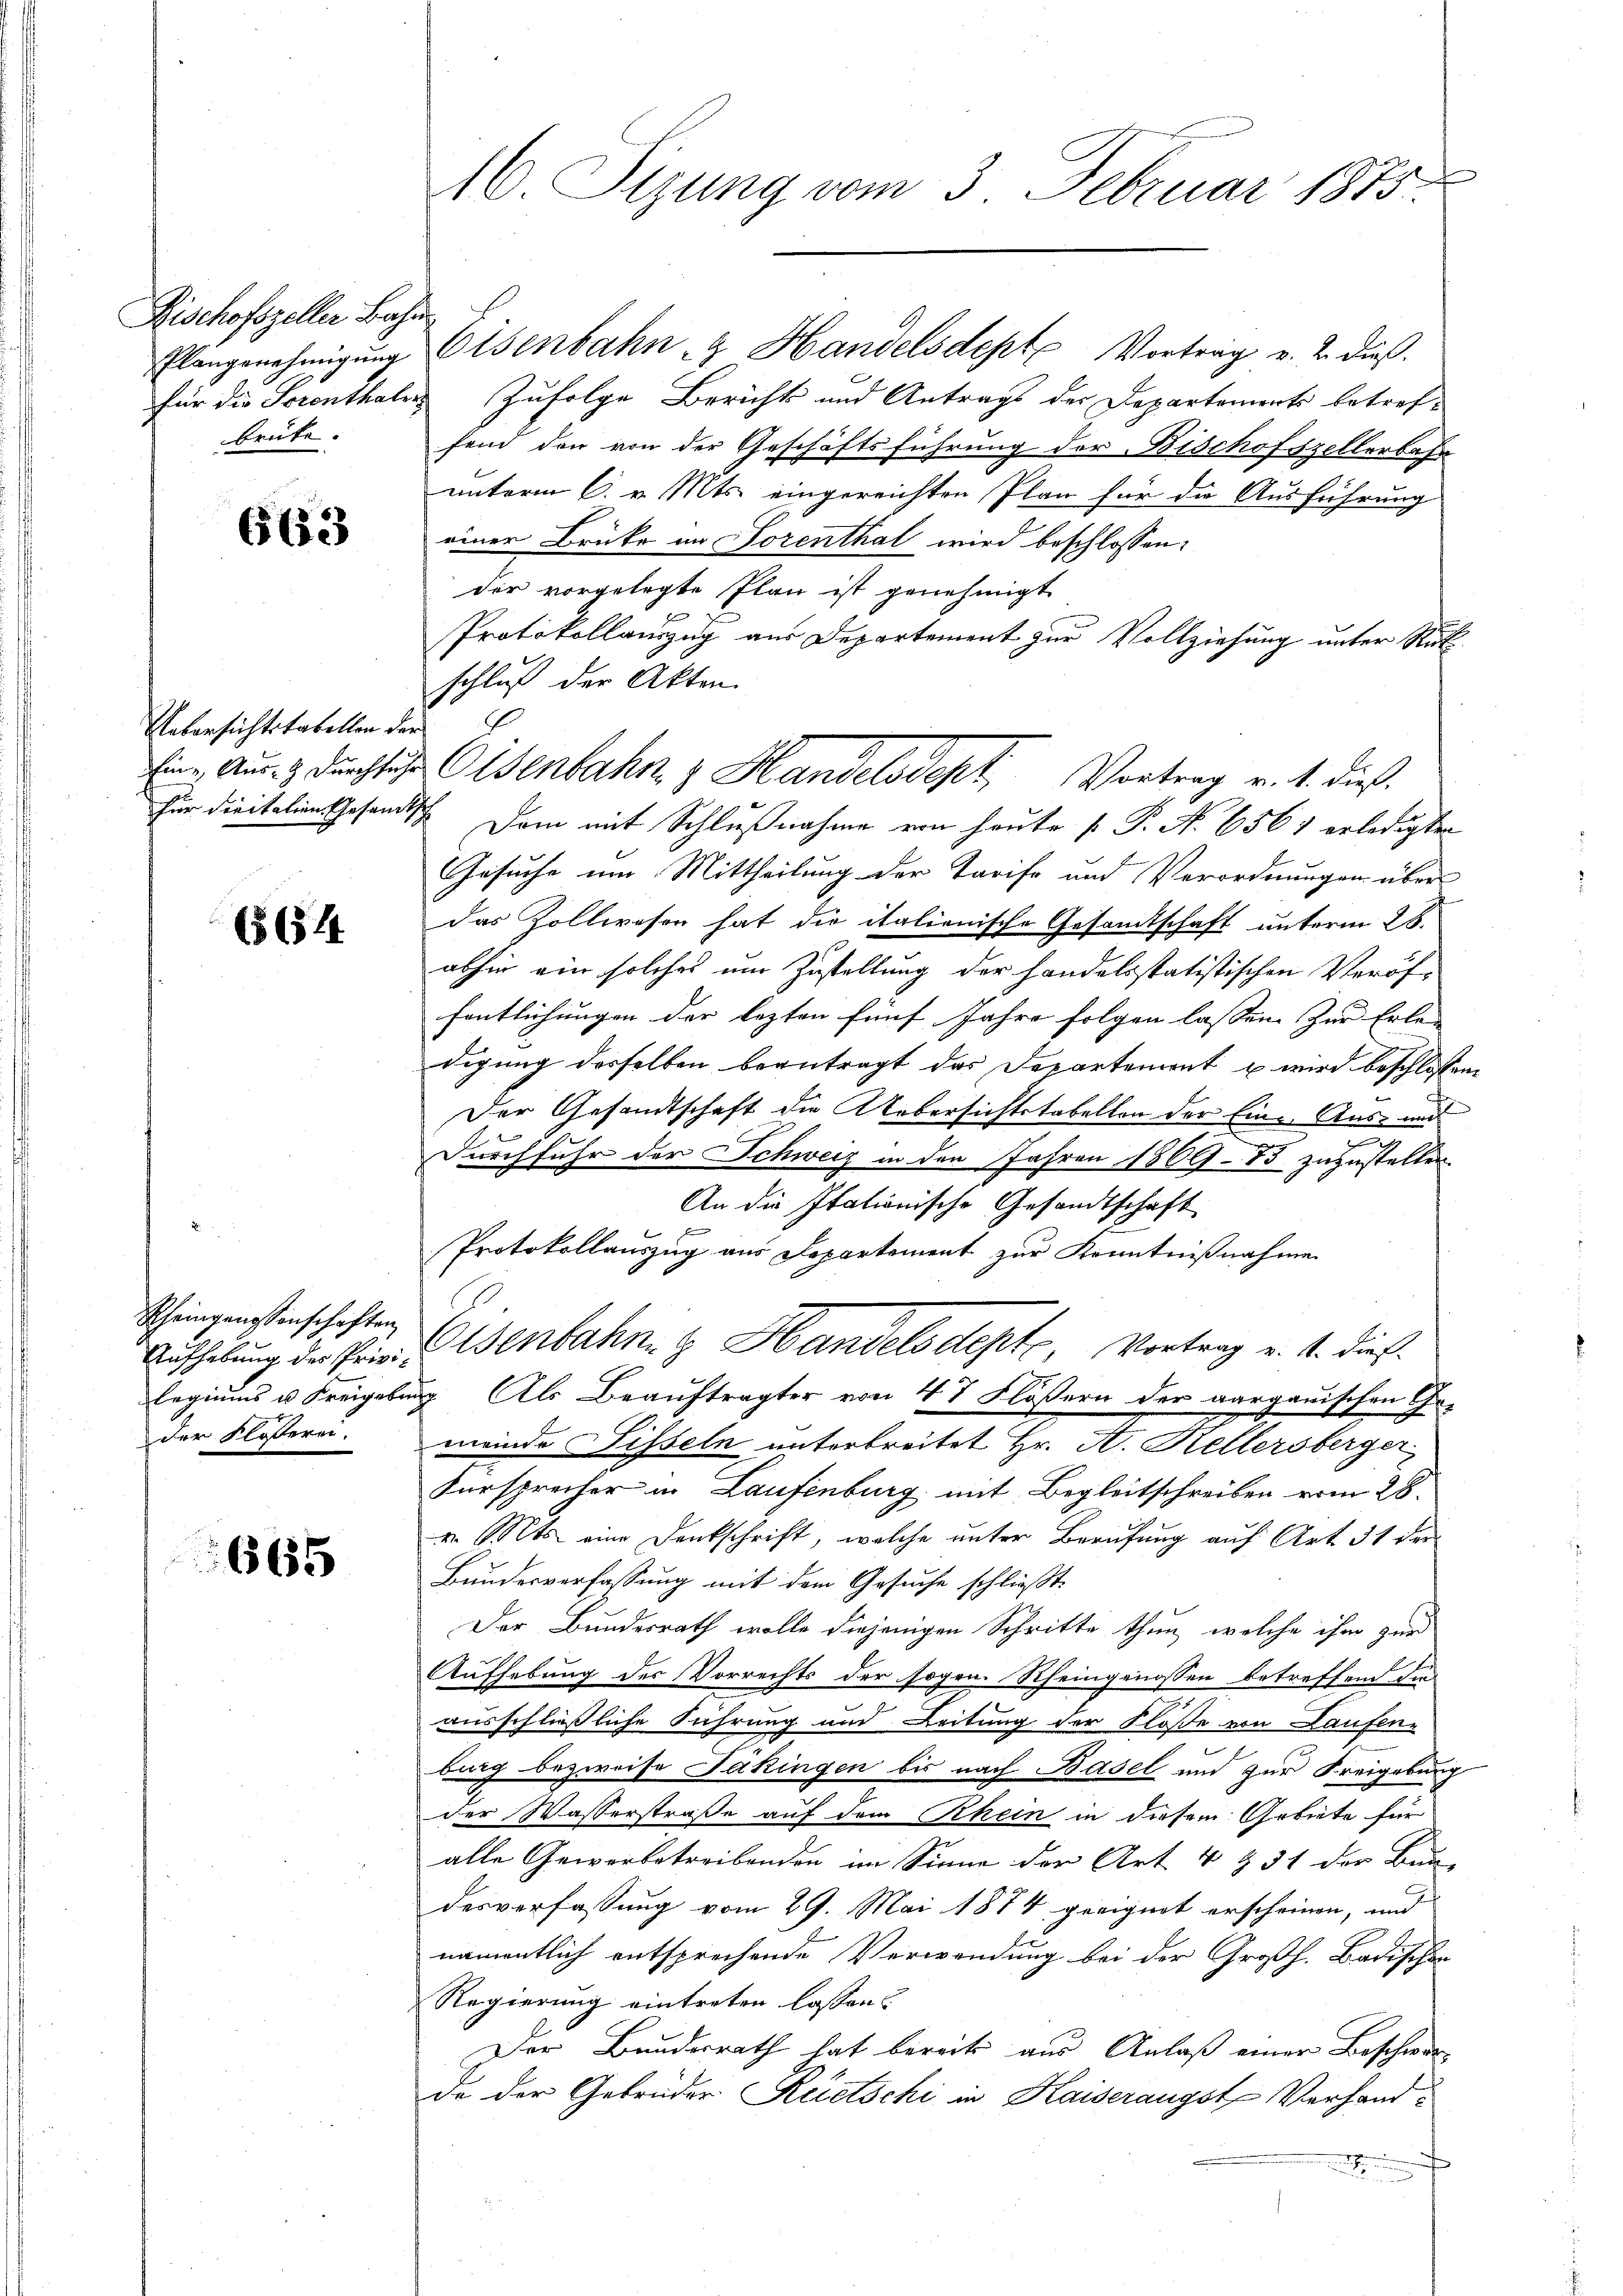
Fischofszeller Bahn
brüke.

663

Uebersichtstabellen der
Eine Aus- & Durchfuhr

6654

Rheingenossenschaften
Aufhebung des Privi-
der Flösserei.

6655

16. Sizung vom 3. Februar 1875.

Plangenehmigŭng Eisenbahn- & Handelsdept Vortrag u. 2. dieß
für die Serenthalers zufolge Berichts und Antrags der Departements betref-
fend den von der Geschäftsführung der Bischofszellerbahn
unterm 6. v. Mts. eingereichten Plan für die Ausführung
einer Brüke in Lorenthal wird beschlossen:
der vorgelegte Plan ist genehmigt.
Protokollauszug aus Departement zur Vollziehung unter Rut
schluß der Akten
für diritation Gesandtsch. Dem mit Schlußnahme von heute [ P. Nr. 6561 erledigten
Gesuche um Mittheilung der Tarife und Verordnungen über
das Zollwesen hat die italienische Gesamtschaft unterm 28.
abhin ein solches um Zustellung der handelsstatistischen Veröffentlichungen der lezten fünf Jahre folgen lassen. Zur Erlan
digung desselben beantragt das Departement u wird beschlossen
Der Gesandtschaft die Uebersichtstabellon der Eine Aus- und
.
Durchfuhr der Schweiz in den Jahren 1869 - 85 zuzustellen
An die Itationische Gesandtschaft
Protokollauszug aus Departement zur Kenntnißnahme
Eisenbahn & Handelsdept, Vortrag v. 4. dieß
legiums u. Freigebung. Als Beauftragter von 47 Flößern der aargauischen Gemeinde Sisseln unterbreitet Hr. A. Hellersberger
Fürsprecher in Laufenburg mit Begleitschreiben vom 28.
v. Mts. eine Denkschrift, welche unter Berufung auf Art. 31 der
Bundesverfassung mit dem Gesuche schließt:
Der Bundesrath wolle diejenigen Schritte thun, welche ihm zur
Aufhebung des Vorrechts der sogen. Rheingenossen betreffend die
ausschließliche Führung und Leitung der Flöße von Laufen-
burg bezweife Jäkingen bis nach Basel und zur Freigebung
der Wasserstraße auf dem Rhein in diesem Gebiete für
alle Gewerbetreibenden im Sinne der Art 4 & 31 der Bun-
desverfassung vom 29. Mai 1874 geeignet erscheinen, und
namentlich entsprechende Verwendung bei der Großh. Badischen
Regierung eintreten lassen.
Der Bundesrath hat bereits aus Anlaß einer Beschwerde der Gebrüder Reitschi in Kaiserangst Verhandn

Eisenbahn & Handelsdeckt, Vortrag v. 4. dieß